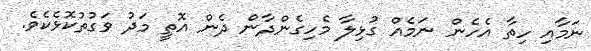
ނަމާއި ހިތާ އެހެން ނަމެއް ގުޅިލާ މެހިގެންދާން ދެން އޮތީ މަދު ވަގުތުކޮޅެކެވެ.